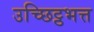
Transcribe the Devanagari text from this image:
उच्छिट्ठभत्त